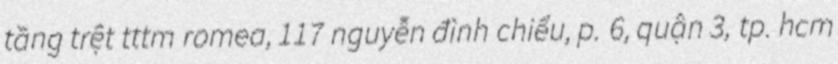
tầng trệt tttm romea, 117 nguyễn đình chiểu, p. 6, quận 3, tp. hcm